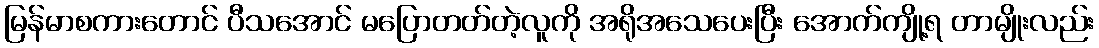
မြန်မာစကားတောင် ပီသအောင် မပြောတတ်တဲ့လူကို အရိုအသေပေးပြီး အောက်ကျို့ရ တာမျိုးလည်း